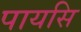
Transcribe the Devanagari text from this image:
पायसि